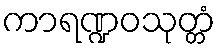
ကာရဏ္ဍဝသုတ္တံ